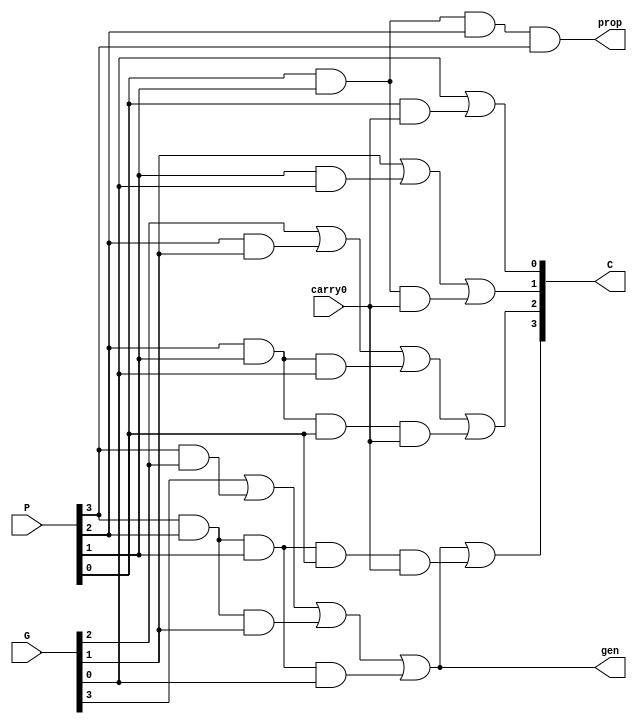
module Lookahead_Carry_Unit(prop, gen, C, P, G, carry0);
	output prop, gen;
	output[3:0] C;
	input[3:0] P, G;
	input carry0;
	// Using formulas to calculate carry lookahead values
	assign C[0] = G[0] | (P[0] & carry0);
	assign C[1] = G[1] | (P[1] & G[0]) | (P[1] & P[0] & carry0);
	assign C[2] = G[2] | (P[2] & G[1]) | (P[2] & P[1] & G[0]) | (P[2] & P[1] & P[0] & carry0);
	assign C[3] = G[3] | (P[3] & G[2]) | (P[3] & P[2] & G[1]) | (P[3] & P[2] & P[1] & G[0]) | (P[3] & P[2] & P[1] & P[0] & carry0);
	// Calculating propogation and generation values
	assign prop = P[0] & P[1] & P[2] & P[3];
	assign gen = G[3] | (P[3] & G[2]) | (P[3] & P[2] & G[1]) | (P[3] & P[2] & P[1] & G[0]);

endmodule